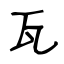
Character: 瓦